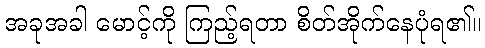
အခုအခါ မောင့်ကို ကြည့်ရတာ စိတ်အိုက်နေပုံရ၏။